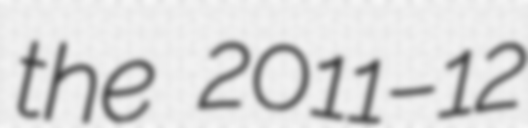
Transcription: the 2011–12